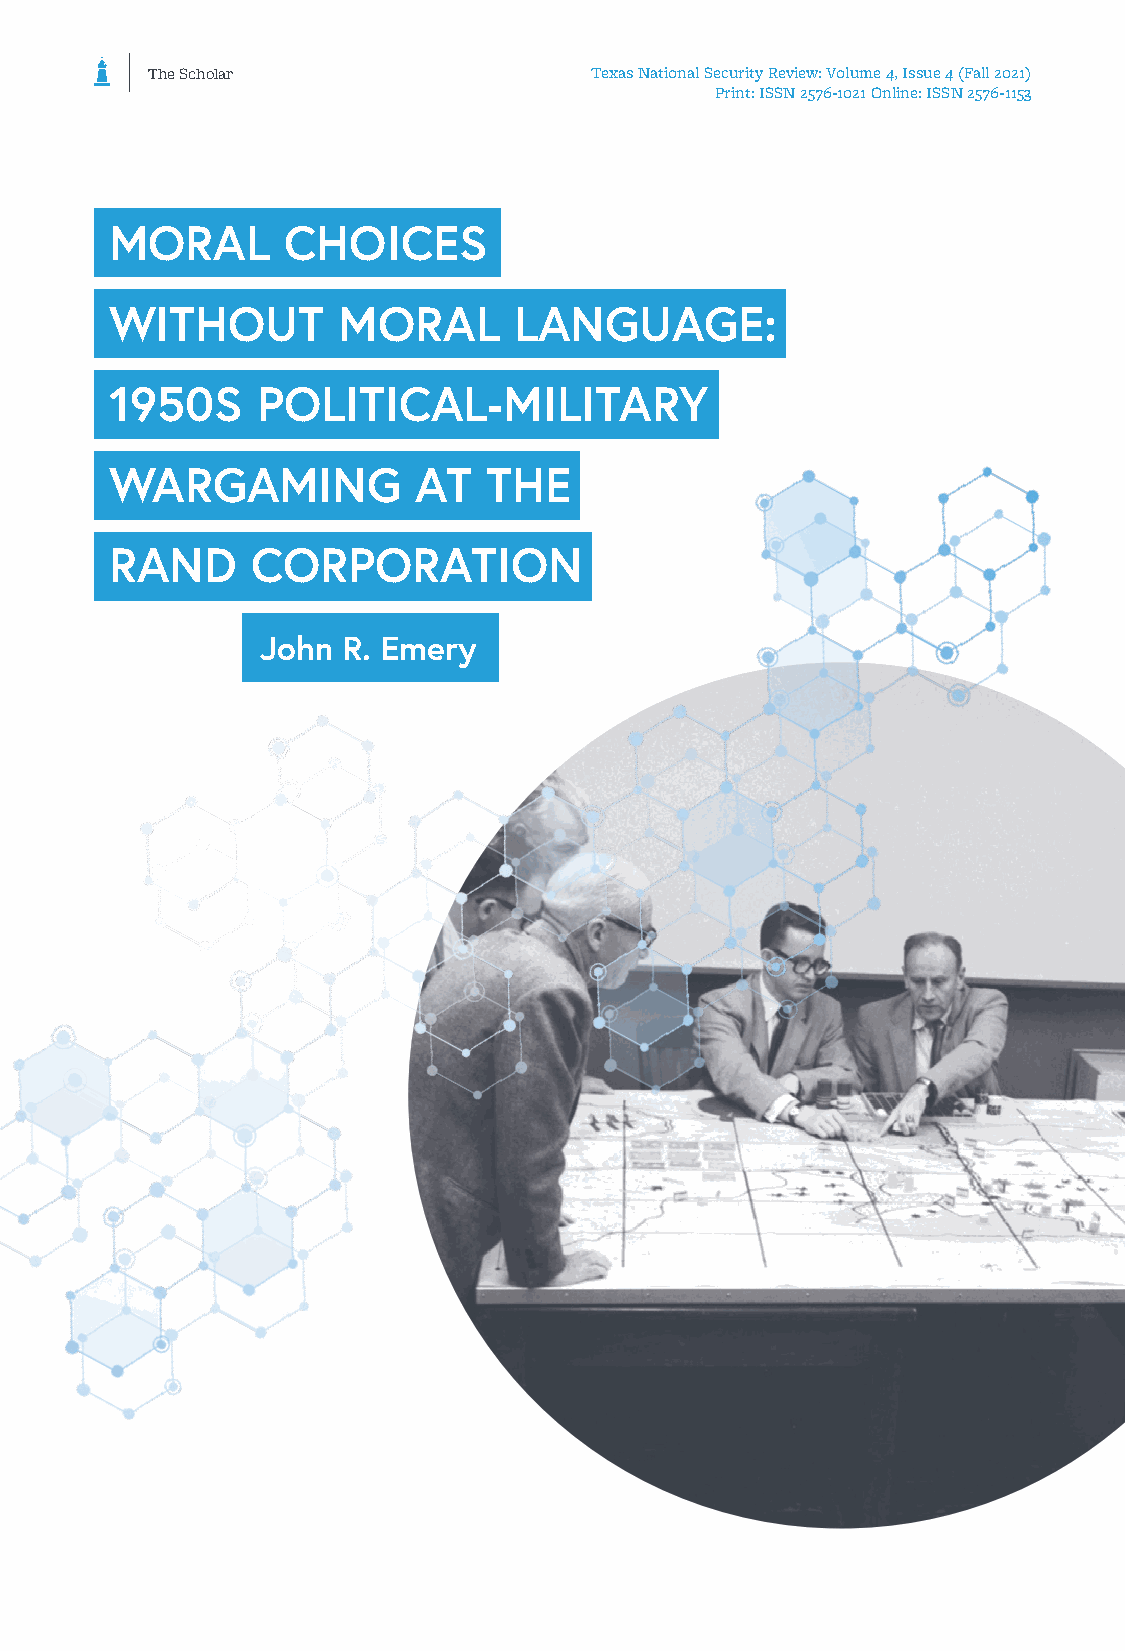
The Scholar                  Texas National Security Review: Volume 4, Issue 4 (Fall 2021)
 Print: ISSN 2576-1021 Online: ISSN 2576-1153
 MORAL       CHOICES
 WITHOUT        MORAL       LANGUAGE:
 1950S     POLITICAL-MILITARY
 WARGAMING            AT  THE
 RAND      CORPORATION
 John  R. Emery